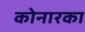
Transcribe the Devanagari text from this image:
कोनारका